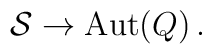
{\cal S} \to \hbox{Aut} (Q)\,.